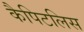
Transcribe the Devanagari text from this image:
कैपिटलिस